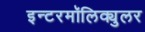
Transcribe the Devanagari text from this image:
इन्टरमॉलिक्युलर